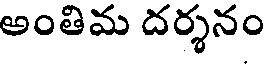
అంతిమ దర్శనం